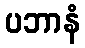
ပဘာနံ